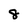
Character: 8